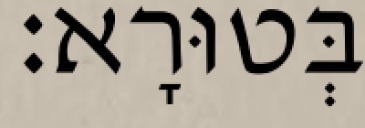
בְּטוּרָא׃